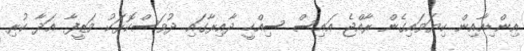
އިންޑިއާއިން ކިޔަވައިގެން ރާއްޖެ އައިސް ސިއްހީ ދާއިރާގައި ދުވަސްކޮޅަކު ވަޒީފާ އަދާ ކުރި